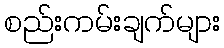
စည်းကမ်းချက်များ